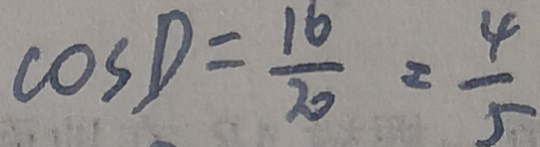
\cos D = \frac { 1 6 } { 2 0 } = \frac { 4 } { 5 }